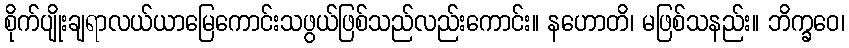
စိုက်ပျိုးချရာလယ်ယာမြေကောင်းသဖွယ်ဖြစ်သည်လည်းကောင်း။ နဟောတိ၊ မဖြစ်သနည်း။ ဘိက္ခဝေ၊